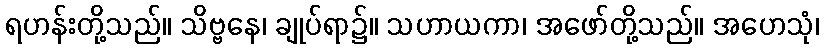
ရဟန်းတို့သည်။ သိဗ္ဗနေ၊ ချုပ်ရာ၌။ သဟာယကာ၊ အဖော်တို့သည်။ အဟေသုံ၊